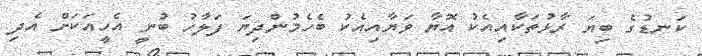
ކަނޑުގެ ބިޔަ ރާޅުތަކާއިއެކު އޮޔާ ވަޔާއިއެކު ބެހެމުންދިޔަ ފަލާހު ބުނީ އެހީއަކަށް އެދި